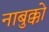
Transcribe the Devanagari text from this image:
नाबुक्को